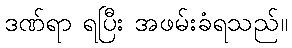
ဒဏ်ရာ ရပြီး အဖမ်းခံရသည်။